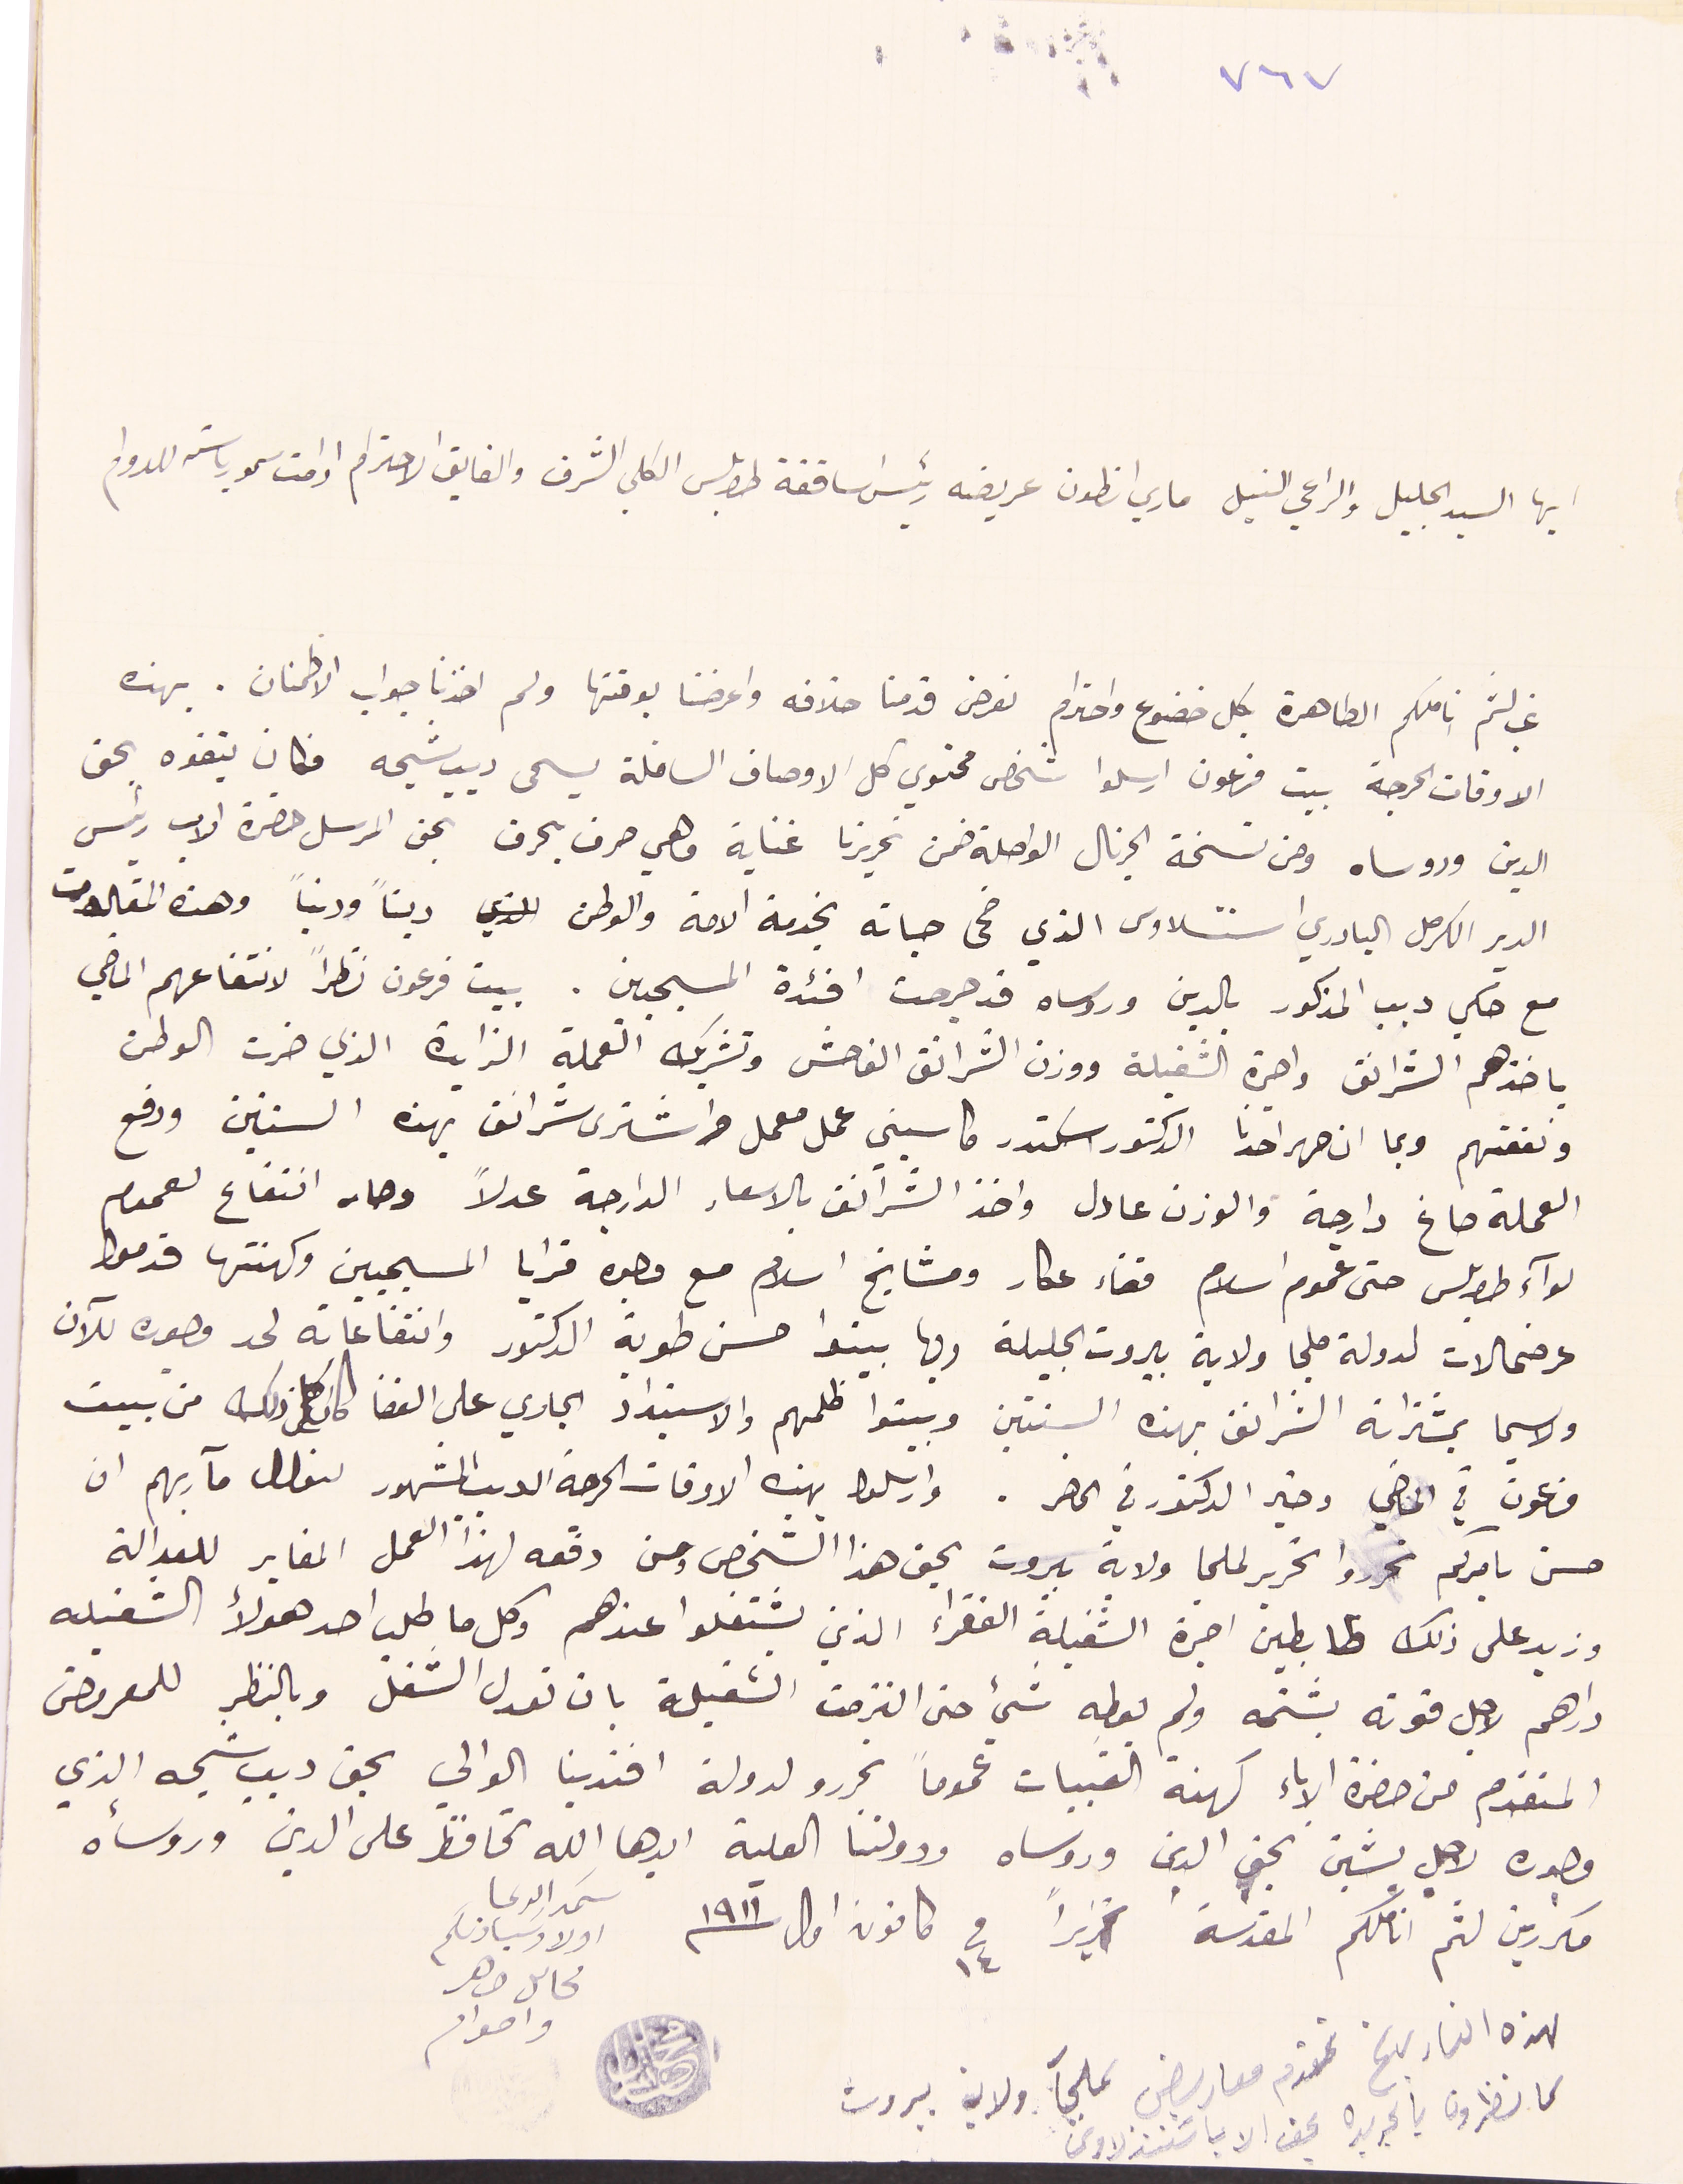
٧٦٧
 ايها السيد الجليل والراعي النبيل ماري انطون عريضه رئيسَ اساقفة طرابلس الكلي الشرف والفايق الاحترام ادامت سمو رياسته للدوام
غب لثم اناملكم الطاهرة بكل خضوع واحترام نعرض قدمنا خلافه واعرضنا بوقتها ولم اخذنا جواب الاطمنان. بهذه
الاوقات الحرجة بيت فرعون ارسلوا شخص محتوي كل الاوصاف السافلة يسمى ديب شيحه فكان يتفوه بحق
الدين وروساه ومن نسخة الجرنال الواصلة ضمن تحريرنا غناية وهي حرف بحرف بحق المرسل حضرة الاب رئيس
الدير الكرمل البادري استنسلاوس الذي ضحى حياته بخدمة الامة والوطن  ديناً ودنياً وهذه المقالات
مع حكي ديب المذكور بالدين وروساه قد جرحت افئدة المسيحيين. بيت فرعون نظراً لانتفاعهم الماضي
باخذهم الشرانق واجرة الشغيلة ووزن الشرانق الفاحش وتشريك العملة الزايدة الذي ضرت الوطن
ونفعتهم وبما ان صهر احدنا الدكتور اسكندر كاسيني عمل معمل واشترى شرانق بهذه السنتين ودفع
العملة صاغ دارجة والوزن عادل واخذ الشرانق بالاسعار الدارجة عدلاً وصار انتفاع لعموم
لوآء طرابلس حتى عموم اسلام قضاء عكار ومشايخ اسلام مع وجوه قرايا المسيحيين وكهنتها قدموا
عرضحالات لدولة ملجا ولاية بيروت الجليلة وبها بينوا حسن طوبة الدكتور وانتفاعاته لحد وجوده للآن
ولا سيما بمشتراته الشرانق بهذه السنتين وبينوا ظلمهم والاسبتداد الجاري على القضا كان كل ذلك من بيت
فرعون في الماضي وخير الدكتور في الحاضر. وارسلوا بهذه الاوقات الحرجة الديب المشهور لنعلل مآربهم ان
حسن بامركم تحرروا تحرير لملجا ولاية بيروت بحق هذا الشخص ومن دفعه لهذا العمل المغاير للعدالة
وزيد على ذلك ظابطين اجرة الشغيلة الفقراء الذين يشتغلوا عندهم وكل ما طلب احد هؤلاء الشغيله
دراهم لاجل قوته يشتمه ولم يعطِه شيء حتى التزمت الشغيلة بان تعدل الشغل وبالنظر للمعروض
المتقدم من حضرة الاباء كهنة القبيات عموماً تحررو لدولة افندينا الوالي بحق ديب شيحه الذي
وجوده لاجل يشين بحق الدين وروساه ودولتنا العلية ايدها الله تحافظ على الدين وروسأه
مكررين لثم اناملكم المقدسة تحريراً في ١٤ كانون اول ١٩١١
لهذه التاريخ تقدم معاريض لملجآ ولاية بيروت
كما نظرون بالجريده بحق الاب اسَتنذلاوسَ
سَمد الدعا اولاد سيادتكم
محاىل ضاهر واخوانه